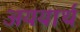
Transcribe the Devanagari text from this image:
अययार्थ